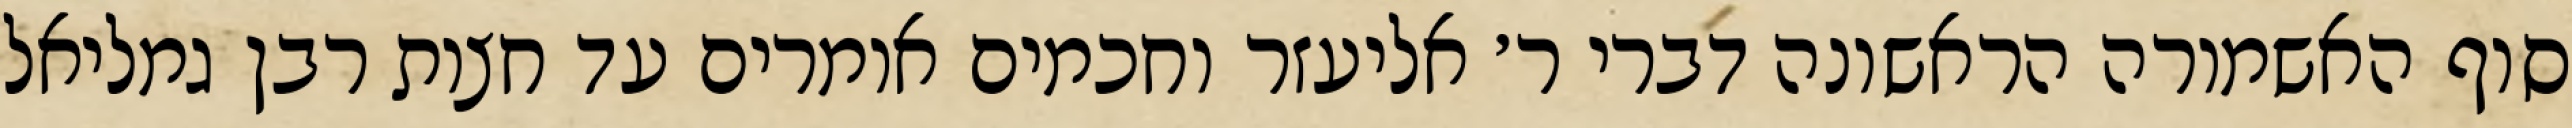
סוף האשמורה הראשונה דברי ר׳ אליעזר וחכמים אומרים עד חצות רבן גמליאל